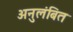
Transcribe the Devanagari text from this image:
अनुलंबित